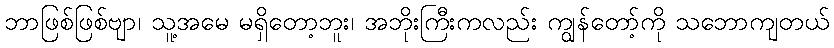
ဘာဖြစ်ဖြစ်ဗျာ၊ သူ့အမေ မရှိတော့ဘူး၊ အဘိုးကြီးကလည်း ကျွန်တော့်ကို သဘောကျတယ်